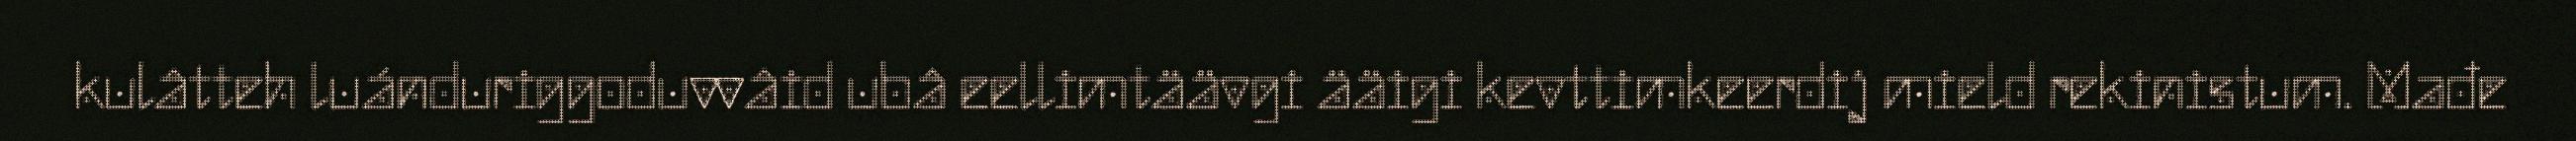
kulâtteh luánduriggoduvvâid ubâ eellimtäävgi ääigi kevttimkeerdij mield rekinistum. Mađe